Report on vaccination in Madras 1904-1921 - 1904-1921
Year: 1904
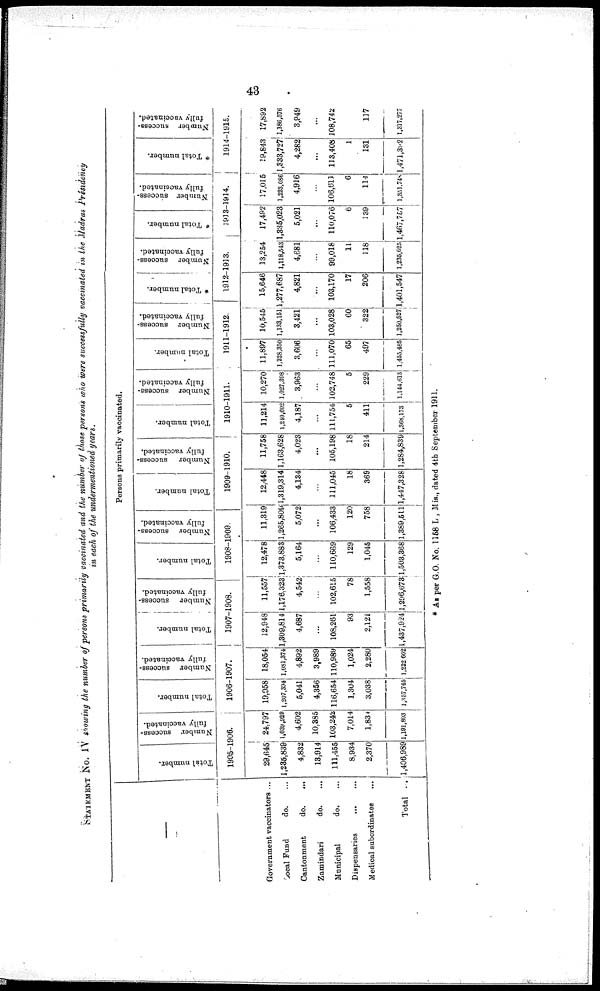
43
STATEMENT No. IV showing the number of persons primarily vaccinated and the number of those persons who were successfully vaccinated in the Madras Presidency
in each of the undermentioned years.
Government vaccinators ...
Local Fund
do. ...
Cantonment
do. ...
Zamindari
do. ...
Municipal
do. ...
Dispensaries
...
...
Medical subordinates
...
Total ...
Persons primarily vaccinated.
Total number.
Number success-
fully vaccinated.
1905-1906.
29,645
1,235,839
4,832
13,914
111,455
8,934
2,370
1,406,989
24,797
1,039,929
4,602
10,385
103,242
7,014
1,834
1,191,803
Total number.
Number success-
fully vaccinated.
1906-1907.
19,958
1,207,394
5,041
4,356
116,654
1,304
3,038
1,357,746
18,054
1,081,374
4,892
3,989
110,989
1,024
2,280
1,222 602
Total number.
Number success-
fully vaccinated.
1907-1908.
12,948
1,309,814
4,687
...
108,261
93
2,121
1,437,924
11,557
1,176,323
4,542
...
102,615
78
1,558
1,296,673
Total number.
Number success-
fully vaccinated.
1908-1909.
12,478
1,373,883
5,164
...
110,669
129
1,045
1,503,368
11,319
1,265,809
5,072
...
106,433
120
758
1,389,511
Total number.
Number success-
fully vaccinated.
1909-1910.
12,448
1,319,314
4,134
...
111,045
18
369
1,447,328
11,758
1,163,628
4,023
...
105,198
18
214
1,284,839
Total number.
Number success-
fully vaccinated.
1910-1911.
11,214
1,210,602
4,187
...
111,754
5
411
1,368,173
10,270
1,027,398
3,963
...
102,748
5
229
1,144,613
Total number.
Number success-
fully vaccinated.
1911-1912.
11,897
1,828,360
3,606
...
111,070
65
497
1,455,485
10,545
1,133,151
3,421
...
103,028
60
322
1,250,527
* Total number.
Number success-
fully vaccinated.
1912-1913.
15,646
1,277,687
4,821
...
103,170
17
206
1,401,547
13,254
1,118,543
4,681
...
99,018
11
118
1,235,625
* Total number.
Number success-
fully vaccinated.
1913-1914.
17,492
1,335,023
5,021
...
110,076
6
139
1,467,757
17,015
1,223,086
4,916
...
106,613
6
114
1,351,748
* Total number.
Number success-
fully vaccinated.
1914-1915.
19,843
1,333,727
4,282
...
113,408
1
131
1,471,392
17,892
1,186,576
3,949
...
108,742
117
1,317,277
* As per 6.0. No. 1158 L , Mis., dated 4th September 1911.